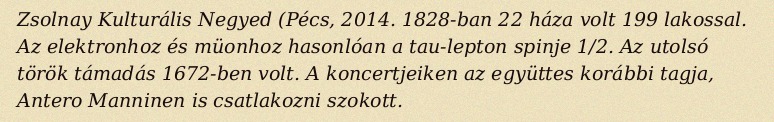
Zsolnay Kulturális Negyed (Pécs, 2014. 1828-ban 22 háza volt 199 lakossal. Az elektronhoz és müonhoz hasonlóan a tau-lepton spinje 1/2. Az utolsó török támadás 1672-ben volt. A koncertjeiken az együttes korábbi tagja, Antero Manninen is csatlakozni szokott.